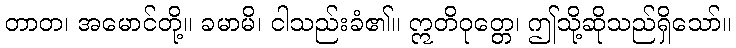
တာတ၊ အမောင်တို့။ ခမာမိ၊ ငါသည်းခံ၏။ ဣတိဝုတ္တေ၊ ဤသို့ဆိုသည်ရှိသော်။